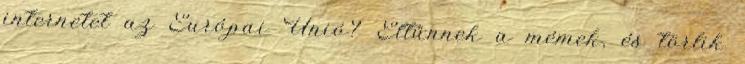
internetet az Európai Unió? Eltűnnek a mémek, és törlik